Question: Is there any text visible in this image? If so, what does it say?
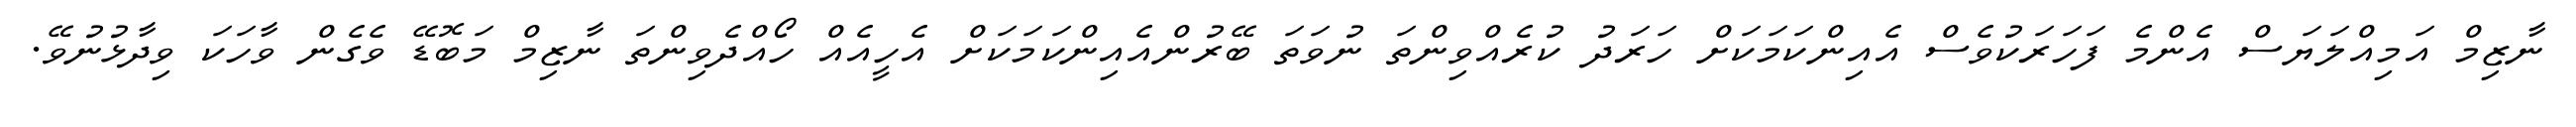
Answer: ނާޒިމް އަމިއްލަޔަސް އެންމެ ފަހަރަކުވެސް އެއިންކަމަކަށް ހަރަދު ކުރެއްވިންތަ ނުވަތަ ބޭރުންއެއިންކަމަކަށް އެހީއެއް ހޯއްދެވިންތަ ނާޒިމް މަބޮޑޭ ވެގެން ވާހަކަ ވިދާޅުނުވޭ.